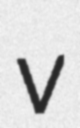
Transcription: v